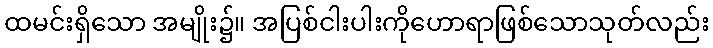
ထမင်းရှိသော အမျိုး၌။ အပြစ်ငါးပါးကိုဟောရာဖြစ်သောသုတ်လည်း